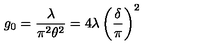
g _ { 0 } = { \frac { \lambda } { \pi ^ { 2 } \theta ^ { 2 } } } = 4 \lambda \left( \frac { \delta } { \pi } \right) ^ { 2 }